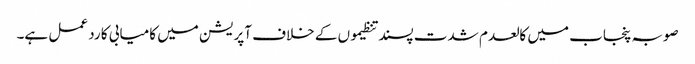
صوبہ پنجاب میں کالعدم شدت پسند تنظیموں کے خلاف آپریشن میں کامیابی کا رد عمل ہے۔